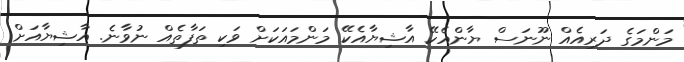
މަންމަގެ ދަރިއެއް ނޫނަސް ޔާންއެކޭ އާޝިޔާއެކޭ މަންމައަކަށް ވަކި ތަފާތެއް ނުވާނެ. އާޝިޔާއަށް